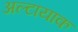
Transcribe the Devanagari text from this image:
अल्टायाक